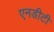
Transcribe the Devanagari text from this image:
एनडीटी